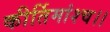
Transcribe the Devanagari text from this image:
कीर्तिमांश्च।।